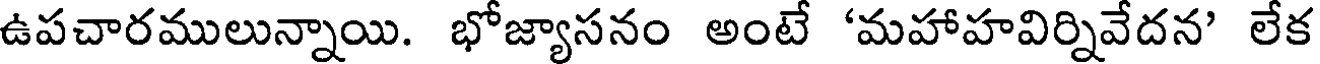
ఉపచారములున్నాయి. భోజ్యాసనం అంటే 'మహాహవిర్నివేదన' లేక